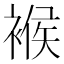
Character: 䙈